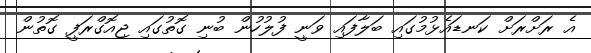
އެ ރަށްރަށް ކަނޑައެޅުމުގައި ބަލާފައި ވަނީ ފުލުހުން ބުނި ގޮތުގައި ޖިއޮގްރަފީ ގޮތުން